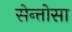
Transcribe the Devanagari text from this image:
सेन्तोसा